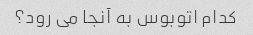
کدام اتوبوس به آنجا می رود؟